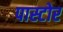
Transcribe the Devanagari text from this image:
पास्टोर